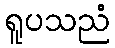
ရူပသညံ